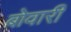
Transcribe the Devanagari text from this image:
बोवारी